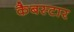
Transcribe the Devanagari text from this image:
कैबस्टार